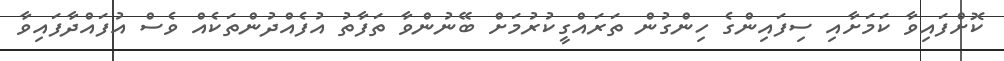
ކޮށްފައިިވާ ކަމަށާއި ސިފައިންގެ ހިންގުން ތަރައްގީކުރުމަށް ބޭނުންވާ ތަފާތު އުފެއްދުންތަކެއް ވެސް އުފައްދާފައިވާ